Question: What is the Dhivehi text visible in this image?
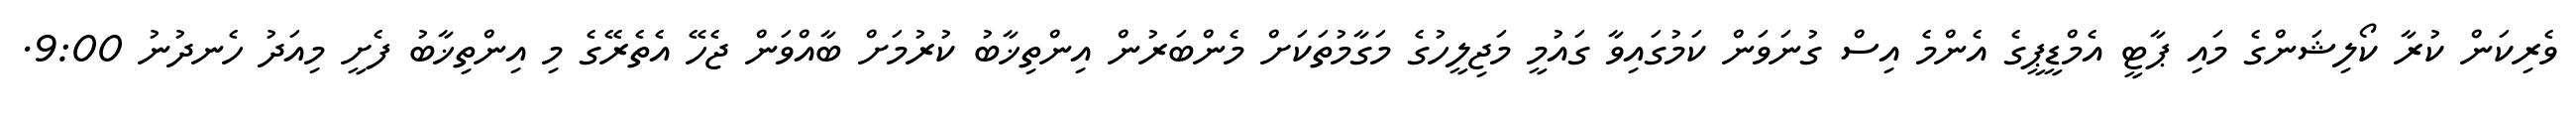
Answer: ވެރިކަން ކުރާ ކޯލިޝަންގެ މައި ޕާޓީ އެމްޑީޕީގެ އެންމެ އިސް ގުނަވަން ކަމުގައިވާ ގައުމީ މަޖިލީހުގެ މަގާމުތަކަށް މެންބަރުން އިންތިޚާބު ކުރުމަށް ބާއްވަން ޖެހޭ އެތެރޭގެ މި އިންތިޚާބު ފެށީ މިއަދު ހެނދުނު 9:00.